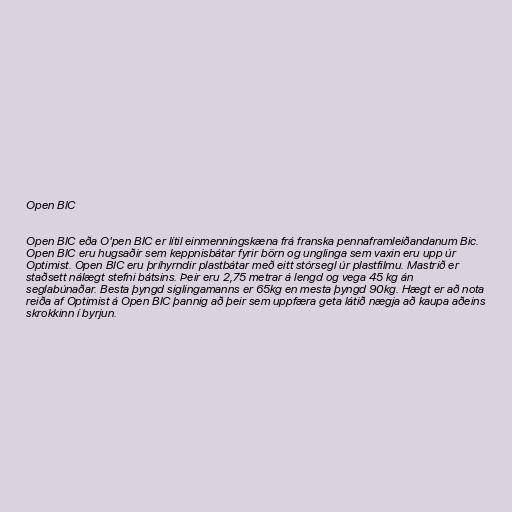
Open BIC

Open BIC eða O'pen BIC er lítil einmenningskæna frá franska pennaframleiðandanum Bic.
Open BIC eru hugsaðir sem keppnisbátar fyrir börn og unglinga sem vaxin eru upp úr
Optimist. Open BIC eru þríhyrndir plastbátar með eitt stórsegl úr plastfilmu. Mastrið er
staðsett nálægt stefni bátsins. Þeir eru 2,75 metrar á lengd og vega 45 kg án
seglabúnaðar. Besta þyngd siglingamanns er 65kg en mesta þyngd 90kg. Hægt er að nota
reiða af Optimist á Open BIC þannig að þeir sem uppfæra geta látið nægja að kaupa aðeins
skrokkinn í byrjun.